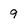
Character: 9